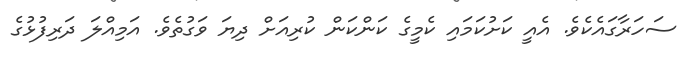
ސަހަރާގައެކެވެ. އެއީ ކަށުކަމައި ކެމީގެ ކަންކަން ކުރިއަށް ދިޔަ ވަގުތެވެ. އަމިއްލަ ދަރިފުޅުގެ